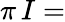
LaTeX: \pi\, I=